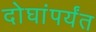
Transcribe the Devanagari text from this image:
दोघांपर्यंत